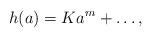
LaTeX: \begin{align*} h(a) = Ka^m + \ldots, \end{align*}